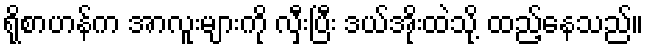
ရိုစာဟန်က အာလူးများကို လှီးပြီး ဒယ်အိုးထဲသို့ ထည့်နေသည်။